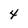
Character: 4